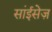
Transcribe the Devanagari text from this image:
सांईसेज़